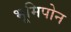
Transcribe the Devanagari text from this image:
भूमिपोन